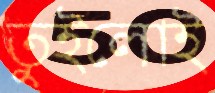
তুইলোই